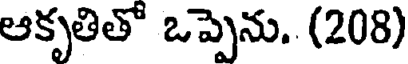
ఆకృతితో ఒప్పెను.. (208)